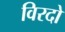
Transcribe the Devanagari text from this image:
विरदो